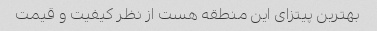
بهترین پیتزای این منطقه هست از نظر کیفیت و قیمت